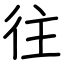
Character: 往